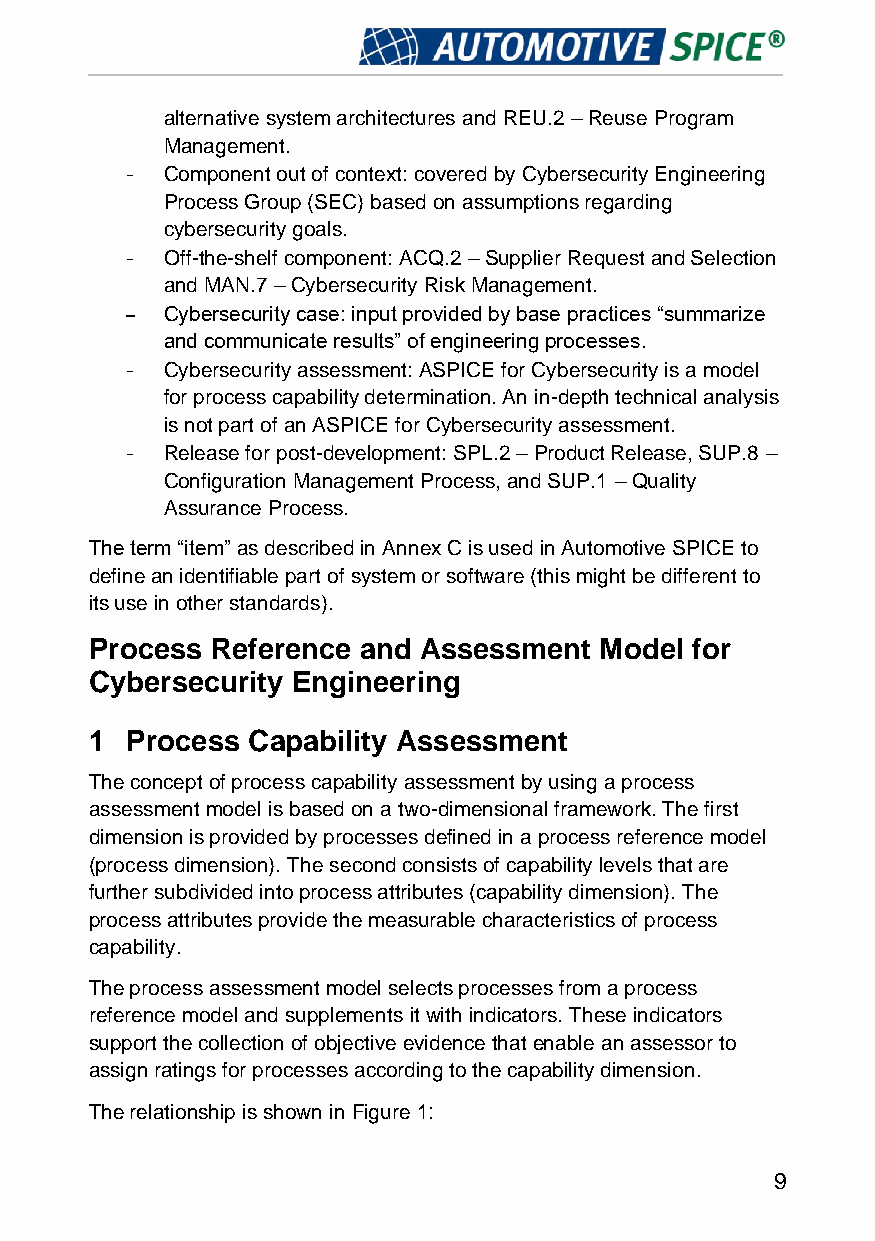
alternative system architectures and REU.2 – Reuse Program
 Management.
 -  Component out of context: covered by Cybersecurity Engineering
 Process Group (SEC) based on assumptions regarding
 cybersecurity goals.
 -  Off-the-shelf component: ACQ.2 – Supplier Request and Selection
 and MAN.7 – Cybersecurity Risk Management.
 -  Cybersecurity case: input provided by base practices “summarize
 and communicate results” of engineering processes.
 -  Cybersecurity assessment: ASPICE for Cybersecurity is a model
 for process capability determination. An in-depth technical analysis
 is not part of an ASPICE for Cybersecurity assessment.
 -  Release for post-development: SPL.2 – Product Release, SUP.8 –
 Configuration Management Process, and SUP.1 – Quality
 Assurance Process.
 The term “item” as described in Annex C is used in Automotive SPICE to
 define an identifiable part of system or software (this might be different to
 its use in other standards).
 Process Reference and Assessment  Model for
 Cybersecurity Engineering
 1 Process Capability Assessment
 The concept of process capability assessment by using a process
 assessment model is based on a two-dimensional framework. The first
 dimension is provided by processes defined in a process reference model
 (process dimension). The second consists of capability levels that are
 further subdivided into process attributes (capability dimension). The
 process attributes provide the measurable characteristics of process
 capability.
 The process assessment model selects processes from a process
 reference model and supplements it with indicators. These indicators
 support the collection of objective evidence that enable an assessor to
 assign ratings for processes according to the capability dimension.
 The relationship is shown in Figure 1:
 9